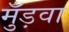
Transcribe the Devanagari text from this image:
मुँड़वा